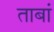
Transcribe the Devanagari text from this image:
ताबां